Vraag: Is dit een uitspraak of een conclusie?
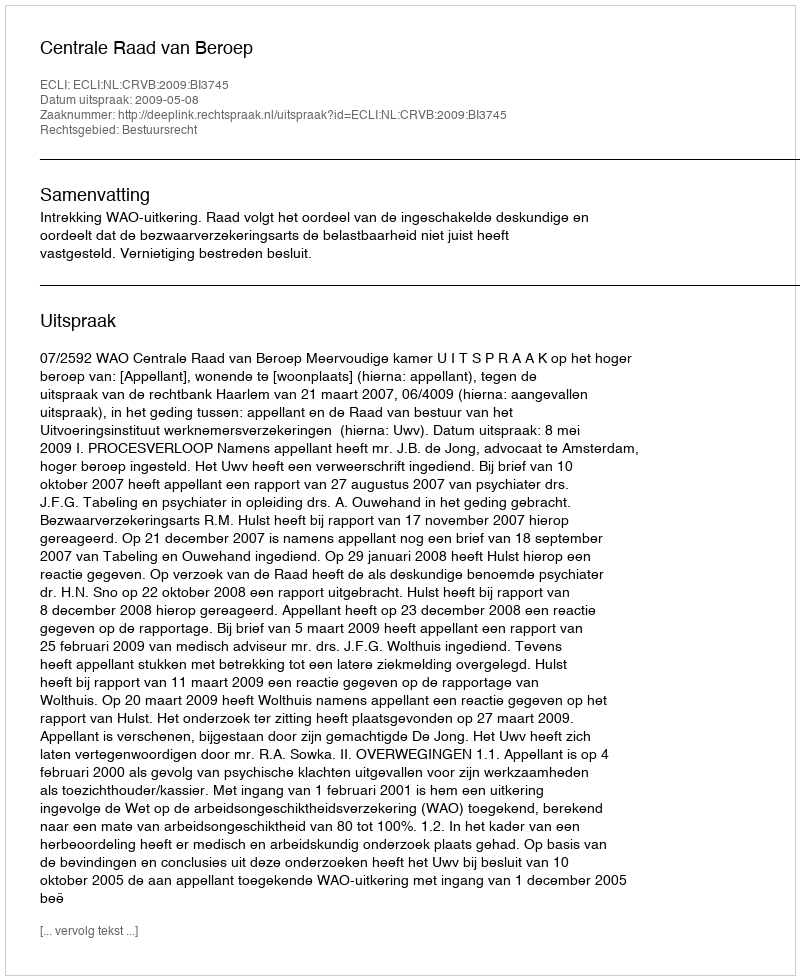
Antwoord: Uitspraak